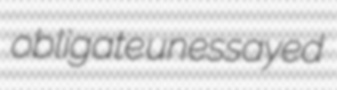
obligate unessayed